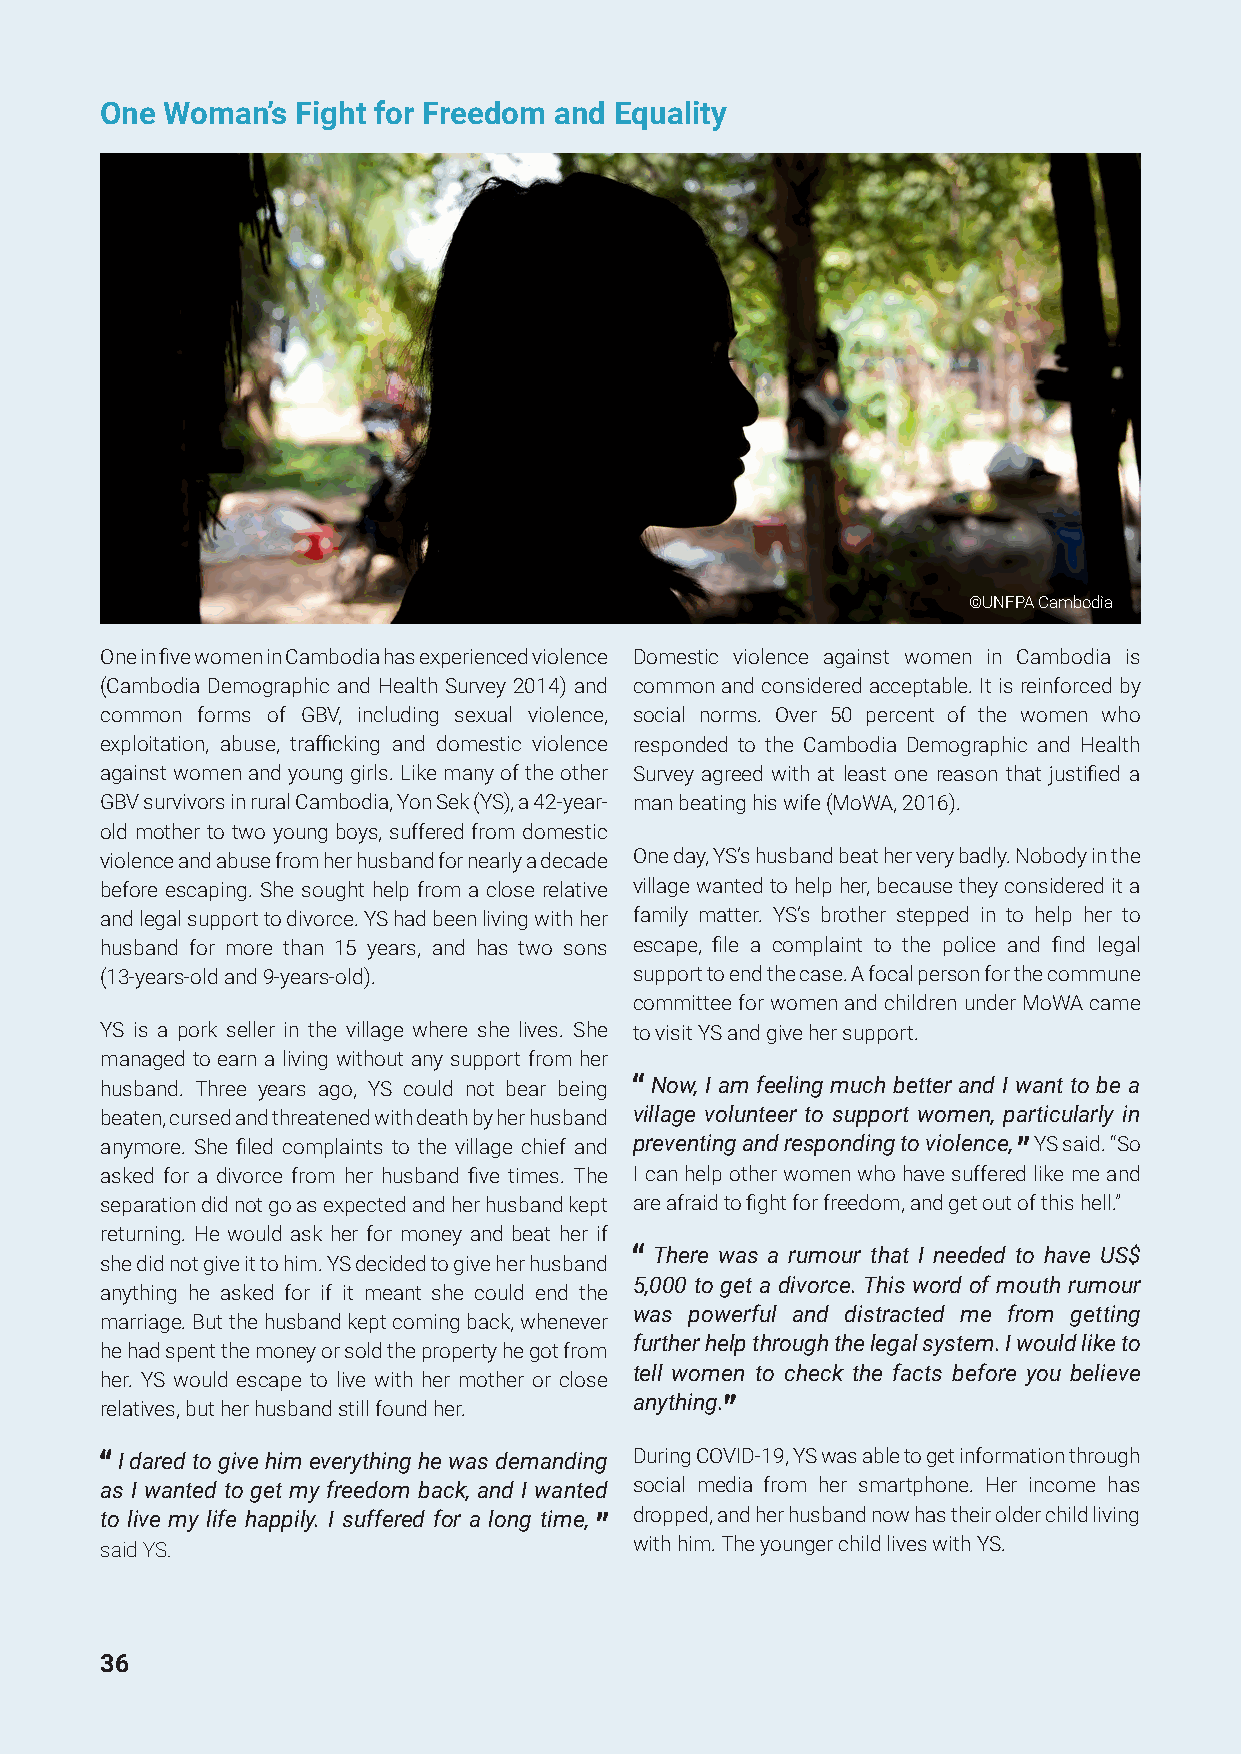
One Woman’s  Fight for Freedom and Equality
 ©UNFPA Cambodia
 One in five women in Cambodia has experienced violence Domestic violence against women in Cambodia is
 (Cambodia Demographic and Health Survey 2014) and common and considered acceptable. It is reinforced by
 common forms of GBV, including sexual violence, social norms. Over 50 percent of the women who
 exploitation, abuse, trafficking and domestic violence responded to the Cambodia Demographic and Health
 against women and young girls. Like many of the other Survey agreed with at least one reason that justified a
 GBV survivors in rural Cambodia, Yon Sek (YS), a 42-year- man beating his wife (MoWA, 2016).
 old mother to two young boys, suffered from domestic
 violence and abuse from her husband for nearly a decade One day, YS’s husband beat her very badly. Nobody in the
 before escaping. She sought help from a close relative village wanted to help her, because they considered it a
 and legal support to divorce. YS had been living with her family matter. YS’s brother stepped in to help her to
 husband for more than 15 years, and has two sons escape, file a complaint to the police and find legal
 (13-years-old and 9-years-old).    support to end the case. A focal person for the commune
 committee for women and children under MoWA came
 YS is a pork seller in the village where she lives. She to visit YS and give her support.
 managed to earn a living without any support from her
 husband. Three years ago, YS could not bear being Now, I am feeling much better and I want to be a
 beaten, cursed and threatened with death by her husband village volunteer to support women, particularly in
 anymore. She filed complaints to the village chief and preventing and responding to violence, YS said. “So
 asked for a divorce from her husband five times. The I can help other women who have suffered like me and
 separation did not go as expected and her husband kept are afraid to fight for freedom, and get out of this hell.”
 returning. He would ask her for money and beat her if
 There was a rumour that I needed to have US$
 she did not give it to him. YS decided to give her husband
 5,000 to get a divorce. This word of mouth rumour
 anything he asked for if it meant she could end the
 was powerful and distracted me from getting
 marriage. But the husband kept coming back, whenever
 further help through the legal system. I would like to
 he had spent the money or sold the property he got from
 tell women to check the facts before you believe
 her. YS would escape to live with her mother or close
 anything.
 relatives, but her husband still found her.
 I dared to give him everything he was demanding During COVID-19, YS was able to get information through
 as I wanted to get my freedom back, and I wanted social media from her smartphone. Her income has
 to live my life happily. I suffered for a long time, dropped, and her husband now has their older child living
 said YS.                           with him. The younger child lives with YS.
 36